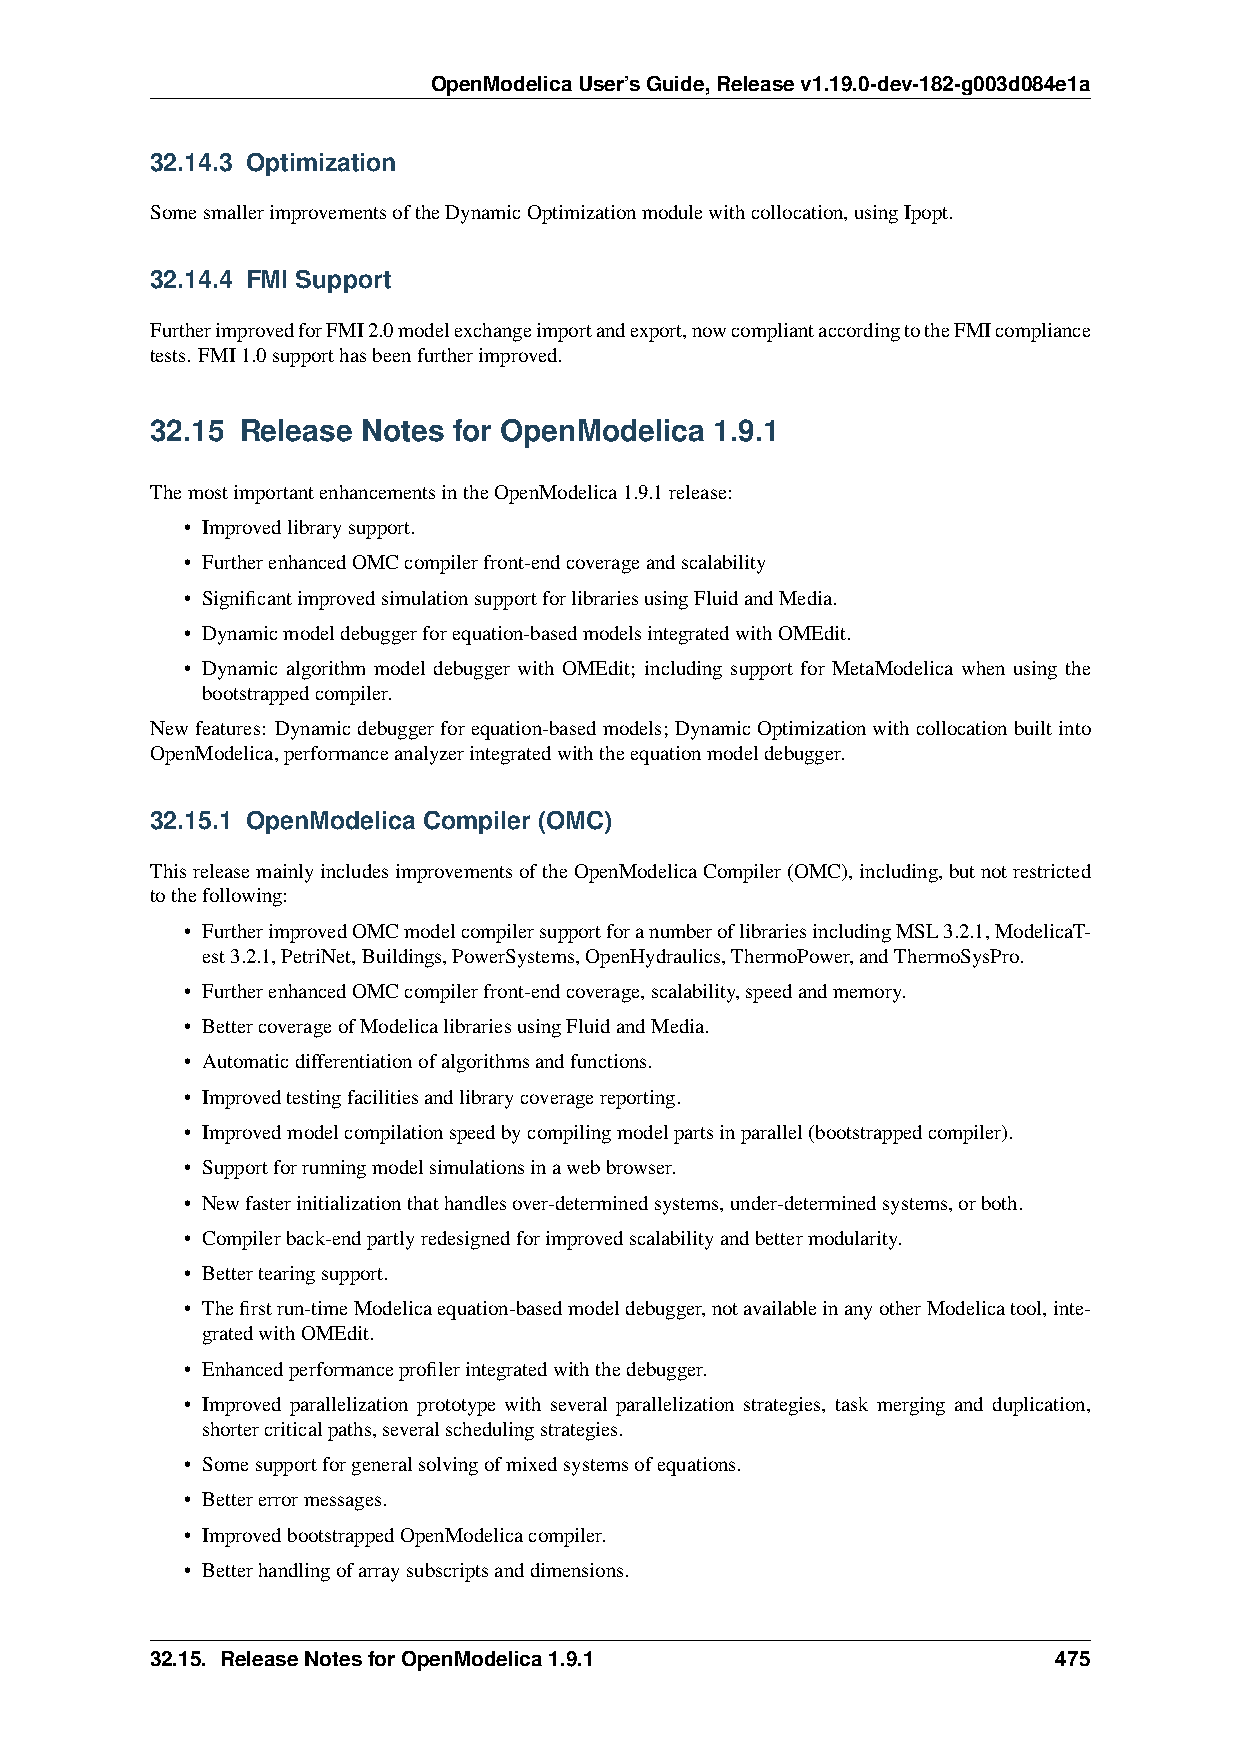
OpenModelicaUser’sGuide,Releasev1.19.0-dev-182-g003d084e1a
 32.14.3 Optimization
 SomesmallerimprovementsoftheDynamicOptimizationmodulewithcollocation,usingIpopt.
 32.14.4 FMI Support
 FurtherimprovedforFMI2.0modelexchangeimportandexport,nowcompliantaccordingtotheFMIcompliance
 tests. FMI1.0supporthasbeenfurtherimproved.
 32.15 Release Notes for OpenModelica 1.9.1
 ThemostimportantenhancementsintheOpenModelica1.9.1release:
 • Improvedlibrarysupport.
 • FurtherenhancedOMCcompilerfront-endcoverageandscalability
 • SignificantimprovedsimulationsupportforlibrariesusingFluidandMedia.
 • Dynamicmodeldebuggerforequation-basedmodelsintegratedwithOMEdit.
 • Dynamic algorithm model debugger with OMEdit; including support for MetaModelica when using the
 bootstrappedcompiler.
 Newfeatures: Dynamicdebuggerforequation-basedmodels; DynamicOptimizationwithcollocationbuiltinto
 OpenModelica,performanceanalyzerintegratedwiththeequationmodeldebugger.
 32.15.1 OpenModelica Compiler (OMC)
 ThisreleasemainlyincludesimprovementsoftheOpenModelicaCompiler(OMC),including,butnotrestricted
 tothefollowing:
 • FurtherimprovedOMCmodelcompilersupportforanumberoflibrariesincludingMSL3.2.1,ModelicaT-
 est3.2.1,PetriNet,Buildings,PowerSystems,OpenHydraulics,ThermoPower,andThermoSysPro.
 • FurtherenhancedOMCcompilerfront-endcoverage,scalability,speedandmemory.
 • BettercoverageofModelicalibrariesusingFluidandMedia.
 • Automaticdifferentiationofalgorithmsandfunctions.
 • Improvedtestingfacilitiesandlibrarycoveragereporting.
 • Improvedmodelcompilationspeedbycompilingmodelpartsinparallel(bootstrappedcompiler).
 • Supportforrunningmodelsimulationsinawebbrowser.
 • Newfasterinitializationthathandlesover-determinedsystems,under-determinedsystems,orboth.
 • Compilerback-endpartlyredesignedforimprovedscalabilityandbettermodularity.
 • Bettertearingsupport.
 • Thefirstrun-timeModelicaequation-basedmodeldebugger,notavailableinanyotherModelicatool,inte-
 gratedwithOMEdit.
 • Enhancedperformanceprofilerintegratedwiththedebugger.
 • Improved parallelization prototype with several parallelization strategies, task merging and duplication,
 shortercriticalpaths,severalschedulingstrategies.
 • Somesupportforgeneralsolvingofmixedsystemsofequations.
 • Bettererrormessages.
 • ImprovedbootstrappedOpenModelicacompiler.
 • Betterhandlingofarraysubscriptsanddimensions.
 32.15. ReleaseNotesforOpenModelica1.9.1                     475